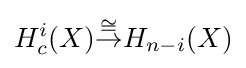
H_{c}^{i}(X){\stackrel {\cong }{\to }}H_{n-i}(X)